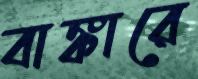
বাঙ্কারে